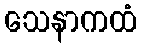
သေနာကထံ